Tezpur Lunatic Asylum reports 1877-1894 - 1877-1894
Year: 1877
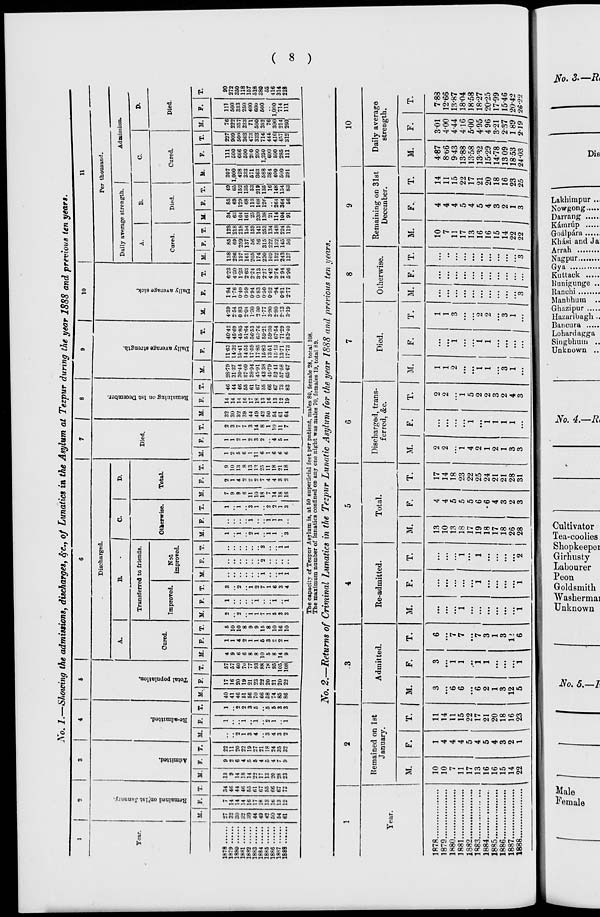
Xo. 1.—Showing the admissions, discharges, SfC, of Lunatics in the Asylum at Tezpur during the year 1888 and previous ten years.
Year.
a
o
c
'3
S
o
03
1
S
•a
2
B
? o
Discharged.
a
B
a.
o
p.
a
Cured.
Transferred to friends.
Improved.
Not
improved.
Otherwise.
Total.
10
11
Died.
.o
S
8
c
<i
u
a
3
bo
c
4
M. F. T. M
T. M,
Per thousand.
«
bo
C3
Daily average strength, j
A.
B.
Cured.
Died.
1
Admission.
C.
Cured.
Died.
T. M. F.
M.
T. M.
T. M.
M.
M.
M.
M.
M.
F.
1878 ..
1879 ..
1880 ..
18«1 ..
1882 ..
1883 ..
1884 ..
1885 ..
1886 ..
18«7 ..
1889 ..
32
30
32
39
44
49
42
50
54
61
14
14
14
16
17
18
13
lb
13
12
34
46
44
46
65
61
67
55
66
67
13
9
9
2
14
6
18
4
14
5
22
5
17
4
IS
5
20
4
28
7
23
9
II.
T. M. F. T.
F.
M.
T. If.
57
57
60
7"
77
93
88
78
95
105
108
9
10
13
8
13
It
?r,
11
18
21
18
28-79
3137
30-44
87 09
38-94
45-91
4338
45-79
52 41
57-58
6567
11-63
14-32
15-41
1455
17-59
17 85
15-83
13-51
15-13
13-71
17-73
40-42
45-6!)
45-85
51-64
56-53
6:>-76
59-21
59-30
67-54
71-29
83-40
4-39
254
0 83
2-01
1-30
3 30
1-77
3-90
2-80
2-: 3
3-19
1-84
1-76
0-4O
0-59
094
083
0-50
0-52
•94
0-81
2-77
6-23
4-30
1-23
2-63
2-24
3-13
2-27
4-42
3-74
294
5-96
138 85
286 69
197 259
161 137
205 56
174 56
230 315
109 222
152 132
243 145
137 56
123
218
218
154
159
141
253
134
148
224
119
34,
63
164
161
25
239
138
21
114
104
91
85
69
129
68
113
168
126
261
364
56
49
65
152
135
53
219
135
16
148
154
83
307
1,000
428
333
571
363
588
384
400
500
391
111
500
666
500
2(0
200
1,250
600
500
285
111
227
909
500
363
473
333
714
444;
416
457
312
76
222
357
333
71
500
352
76
300
214
260;
111
500
333
250
400
600
500
1,000
714
111
90
272
350
118
157
518
380
55
416
314
218
The capacity of Tezpnr Asylum is, at 50 superficial feet per patient, males 80, female 28, total 108.
The maximum number of lunatics confined on any one night was males 70, females 19, total 89.
No. 2.—Returns of Criminal Lunatics in the Tezpur Lunatic Asylum for the year 1888 and previous ten years.
Tear.
Kemained on let
January.
Admitted.
M.
F.
T.
M.
10
Re-admitted.
Total.
Discharged, trans-
ferred, &c.
Died.
Otherwise.
Remaining on 31st
December.
Daily average
strength.
M.
F.
M.
F.
T.
M.
T.
M.
M.
M.
F.
T.
M.
F.
1878
10
1879
10
1880
7
1881
11
1882
17
1883
13
1884
16
1885
16
1886
15
1887
14
1888
22
1
4
4
4
5
4
5
4
3
2
1
11
14
11
15
22
17
21
20
18
16
23
6
6
6
2
1
3
12
5
7
7
7
3
1
3
1>
6
I 1
13
10
13
18
17
19
18
17
18
26
28
4
4
5
5
5
6
6
4
3
2
3
17
14
18
23
22
25
24
21
21
28
31
2
2
"i
4
2
1
2
1
3
3
1
1
1
1
2
2
1
5
2
2
3
2
4
3
1
1
3
2
2
3
1
j:::,
10
7
11
17
13
16
...
16
15
...
14 J
4
4
4
5
4
5
4
3
2
1
3
14
11
15
22
17
21
20
18
16
23
25
4-87
8-66
9-43
13-88
13-58
13-32
15-29
14-78
13 09
1853
24 03
301
4-00
4-44
416
5-00
495
4 96
3-21
2-37
1 89
219
788
12-66
13-87
18-04
18-58
18-27
2025
17-99
1546
20-42
26-22
oo
^£Z
a
©
©
I
~ CO *"
p
O
P
..-O-P
Cr co
a a
e— "■» o f°
slr§ p
to to
I
to
D a
3 P
P E
o P
ET r
p ft
2 p
p
K P 3 3 D rr js U^ tj_
-•►o Ed c• a n • -
~ P^C- 3 o
c
p
D P
rc
P i
P
0
g
co"
Oo
I
50